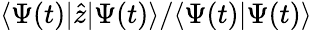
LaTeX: \langle\Psi(t)|\hat{z}|\Psi(t)\rangle/\langle\Psi(t)|\Psi(t)\rangle